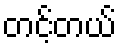
တင့်တယ်